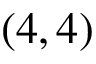
( 4 , 4 )